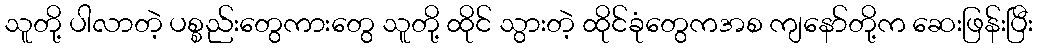
သူတို့ ပါလာတဲ့ ပစ္စည်းတွေကားတွေ သူတို့ ထိုင် သွားတဲ့ ထိုင်ခုံတွေကအစ ကျနော်တို့က ဆေးဖြန်းပြီး